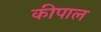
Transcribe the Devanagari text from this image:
कीपाल